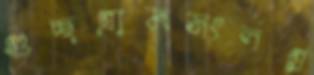
গুচ্ছগ্রামসংলগ্ন